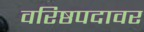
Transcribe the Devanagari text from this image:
वरिष्ठपदावर